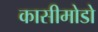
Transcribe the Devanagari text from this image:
कासीमोडो